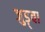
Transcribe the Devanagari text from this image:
जुड़्वा